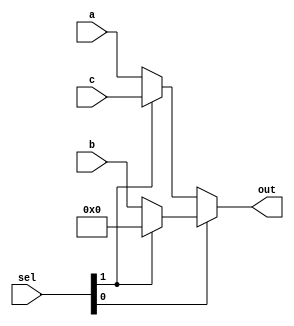
`timescale 1ns / 1ps

module mux_MemToReg(
	input [31:0] a,
	input [31:0] b,
	input [31:0] c,
	input [1:0] sel,
	output [31:0] out
    );
		
	assign out = (sel[0]) ? (sel[1] ? 32'b0 : b) : (sel[1] ? c : a);

endmodule